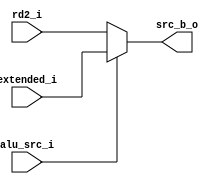
module alu_src_mux(
    input                   alu_src_i,
    input           [31:0]  rd2_i,
    input           [31:0]  extended_i,
    output  reg     [31:0]  src_b_o
);
    always @(*) begin
        if (alu_src_i == 1'b1) begin
            src_b_o = extended_i;
        end
        else begin
            src_b_o = rd2_i;
        end
    end
endmodule